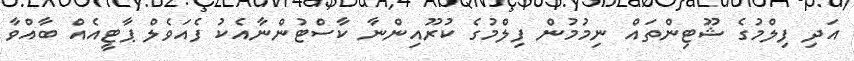
އަދި ފިލްމުގެ ޝޫޓިންތައް ނިމުމުން ފިލްމުގެ ކުރޫއިންނާ ކާސްޓުންނާއެކު ފެއަވެލް ޕާޓީއެއް ބާއްވާ